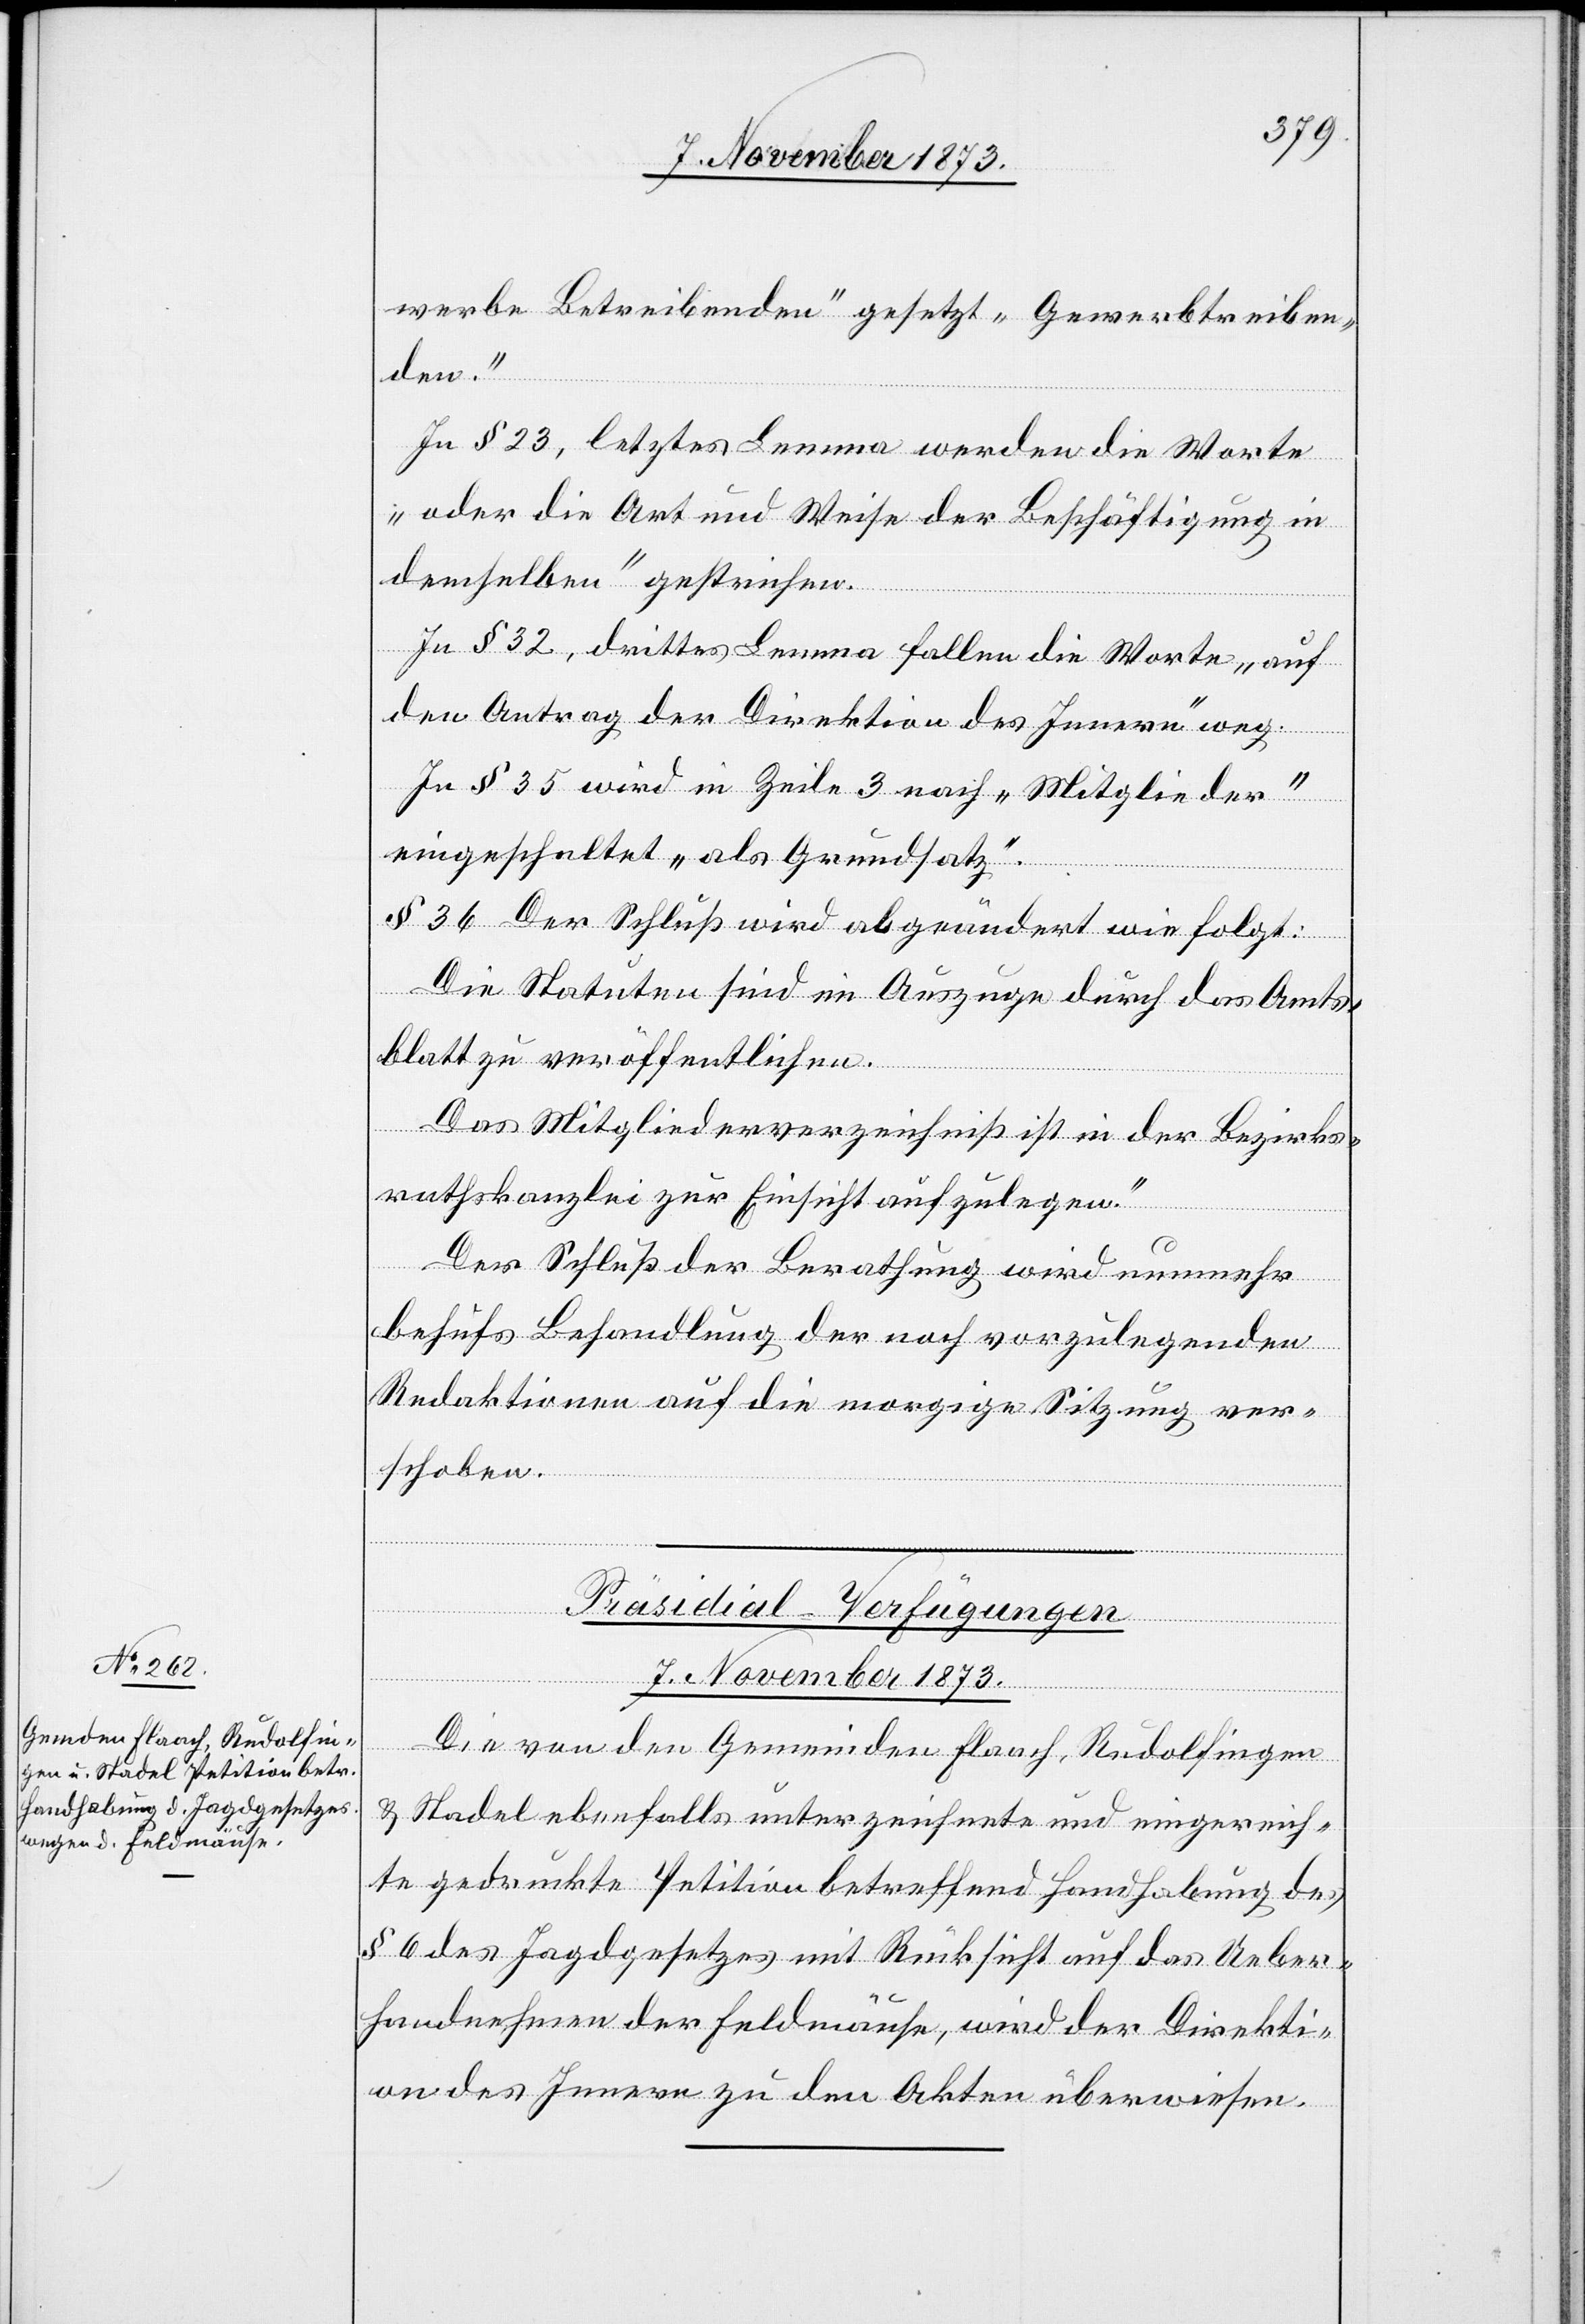
werbe Betreibenden“ gesetzt „Gewerbtreiben¬
den“.
In § 23, letztes Lemma werden die Worte
„oder die Art und Weise der Beschäftigung in
demselben“ gestrichen.
In § 32, drittes Lemma fallen die Worte „auf
den Antrag der Direktion des Innern“ weg.
In § 35 wird in Zeile 3 nach „Mitglieder“
eingeschaltet „als Grundsatz“.
§ 36 Der Schluß wird abgeändert wie folgt:
„Die Statuten sind im Auszuge durch das Amts¬
blatt zu veröffentlichen.
Das Mitgliederverzeichniß ist in der Bezirks¬
rathskanzlei zur Einsicht aufzulegen.“
Der Schluß der Berathung wird nunmehr
behufs Behandlung der noch vorzulegenden
Redaktionen auf die morgige Sitzung ver¬
schoben.
Präsidial-Verfügungen
7. November 1873.
Die von den Gemeinden Flaach, Rudolfingen
& Stadel ebenfalls unterzeichnete und eingereich¬
te gedruckte Petition betreffend Handhabung des
§ 6 des Jagdgesetzes mit Rücksicht auf das Ueber¬
handnehmen der Feldmäuse, wird der Direkti¬
on des Innern zu den Akten überwiesen.